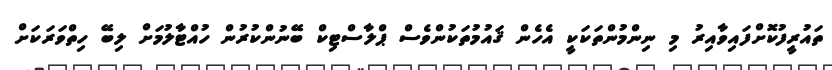
ތައުރީފުކޮށްފައިވާއިރު މި ނިންމުންތަކަކީ އެހެން ޤައުމުތަކުންވެސް ޕްލާސްޓިކް ބޭނުންކުރުން ހުއްޓާލުމަށް ލިބޭ ހިތްވަރަކަށް